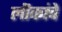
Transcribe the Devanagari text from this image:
लॊकांचे